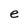
Character: e